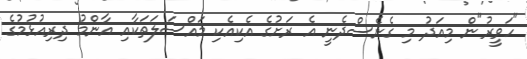
"ހަވީރު"ން މިއަދު މި ގެނެސްދެނީ އެ ރަށުގެ އެކިއެކި މައްސަލަތަކާއި އާންމު ދިރިއުޅުމުގެ